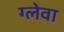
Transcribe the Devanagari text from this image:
ग्लेवा